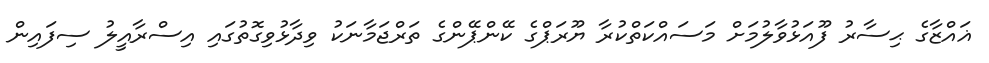
ޣައްޒާގެ ޙިސާރު ފޫއަޅުވާލުމަށް މަސައްކަތްކުރާ ޔޫރަޕްގެ ކޭންޕޭންގެ ތަރްޖަމާނަކު ވިދާޅުވިގޮތުގައި އިސްރާއީލު ސިފައިން